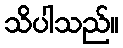
သိပါသည်။